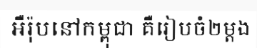
អឺរ៉ុបនៅកម្ពុជា គឺរៀបចំ២ម្តង